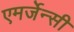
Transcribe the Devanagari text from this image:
एमर्जेन्सी